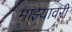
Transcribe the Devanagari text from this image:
माझ्यावरी